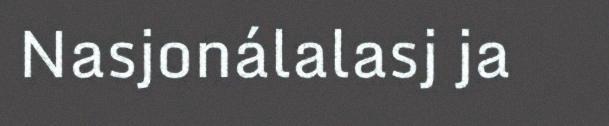
Nasjonálalasj ja